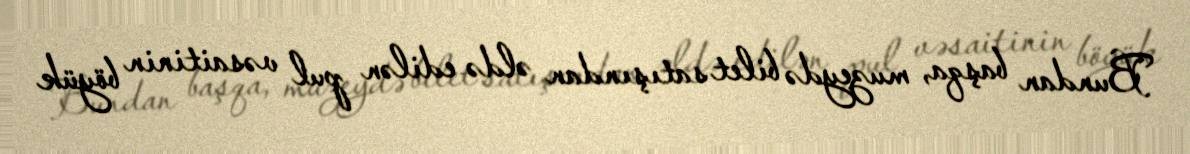
Bundan başqa, muzeydə bilet satışından əldə edilən pul vəsaitinin böyük